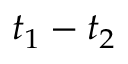
t _ { 1 } - t _ { 2 }